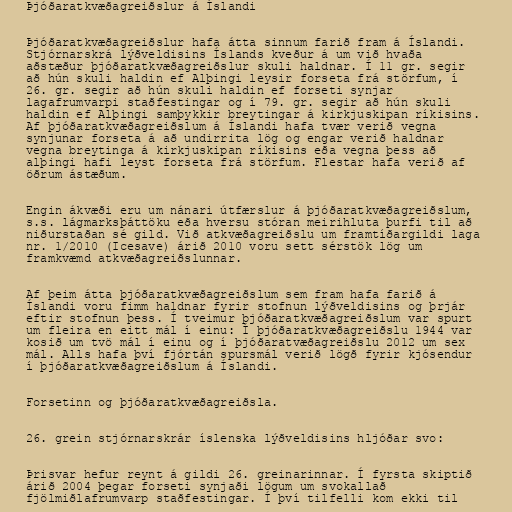
Þjóðaratkvæðagreiðslur á Íslandi

Þjóðaratkvæðagreiðslur hafa átta sinnum farið fram á Íslandi.
Stjórnarskrá lýðveldisins Íslands kveður á um við hvaða
aðstæður þjóðaratkvæðagreiðslur skuli haldnar. Í 11 gr. segir
að hún skuli haldin ef Alþingi leysir forseta frá störfum, í
26. gr. segir að hún skuli haldin ef forseti synjar
lagafrumvarpi staðfestingar og í 79. gr. segir að hún skuli
haldin ef Alþingi samþykkir breytingar á kirkjuskipan ríkisins.
Af þjóðaratkvæðagreiðslum á Íslandi hafa tvær verið vegna
synjunar forseta á að undirrita lög og engar verið haldnar
vegna breytinga á kirkjuskipan ríkisins eða vegna þess að
alþingi hafi leyst forseta frá störfum. Flestar hafa verið af
öðrum ástæðum.

Engin ákvæði eru um nánari útfærslur á þjóðaratkvæðagreiðslum,
s.s. lágmarksþáttöku eða hversu stóran meirihluta þurfi til að
niðurstaðan sé gild. Við atkvæðagreiðslu um framtíðargildi laga
nr. 1/2010 (Icesave) árið 2010 voru sett sérstök lög um
framkvæmd atkvæðagreiðslunnar.

Af þeim átta þjóðaratkvæðagreiðslum sem fram hafa farið á
Íslandi voru fimm haldnar fyrir stofnun lýðveldisins og þrjár
eftir stofnun þess. Í tveimur þjóðaratkvæðagreiðslum var spurt
um fleira en eitt mál í einu: Í þjóðaratkvæðagreiðslu 1944 var
kosið um tvö mál í einu og í þjóðaratvæðagreiðslu 2012 um sex
mál. Alls hafa því fjórtán spursmál verið lögð fyrir kjósendur
í þjóðaratkvæðagreiðslum á Íslandi.

Forsetinn og þjóðaratkvæðagreiðsla.

26. grein stjórnarskrár íslenska lýðveldisins hljóðar svo:

Þrisvar hefur reynt á gildi 26. greinarinnar. Í fyrsta skiptið
árið 2004 þegar forseti synjaði lögum um svokallað
fjölmiðlafrumvarp staðfestingar. Í því tilfelli kom ekki til